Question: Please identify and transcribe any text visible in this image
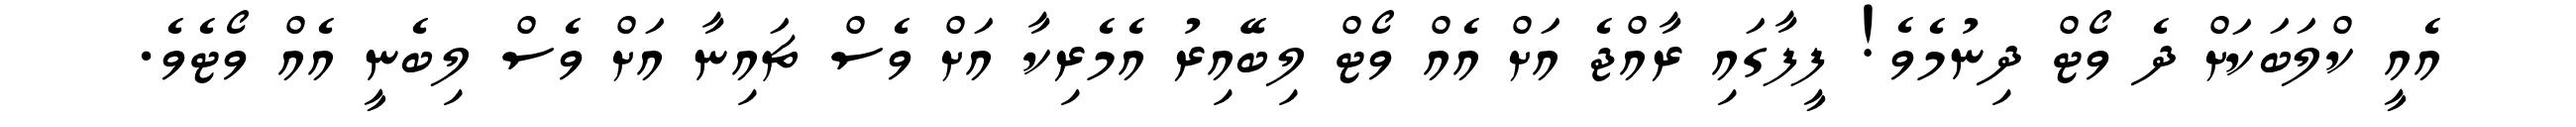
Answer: އެއީ ކްލަބަކަށް ދެ ވޯޓް ދިނުމެވެ! ފީފާގައި ރާއްޖެ އަށް އެއް ވޯޓް ލިބޭއިރު އެމެރިކާ އަށް ވެސް ޗައިނާ އަށް ވެސް ލިބެނީ އެއް ވޯޓެވެ.